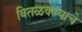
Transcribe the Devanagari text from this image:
वितळवण्याचे